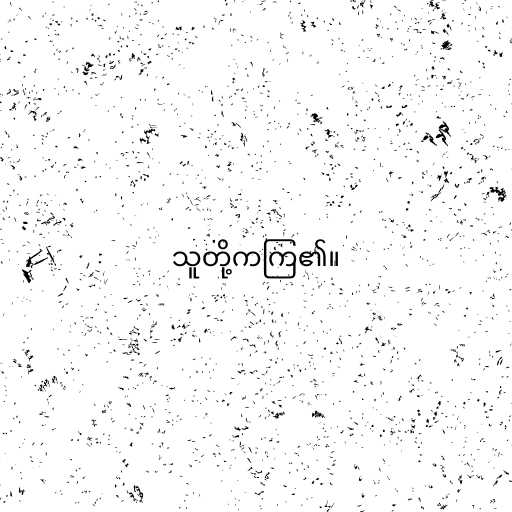
သူတို့ကကြ၏။